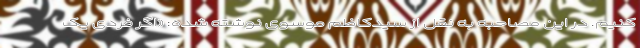
کنیم. در این مصاحبه به نقل از سیدکاظم موسوی نوشته شده: «اگر فردی یک